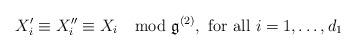
LaTeX: \begin{align*} X'_i\equiv X_i''\equiv X_i \mod \mathfrak g^{(2)}, \text{ for all } i=1,\dots, d_1 \end{align*}